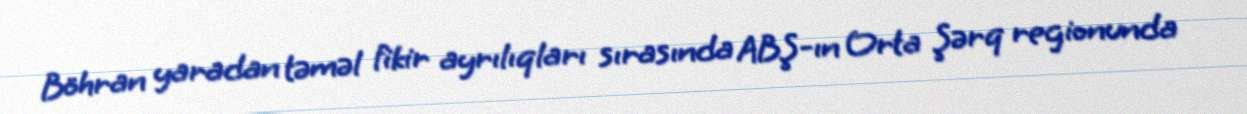
Böhran yaradan təməl fikir ayrılıqları sırasında ABŞ-ın Orta Şərq regionunda